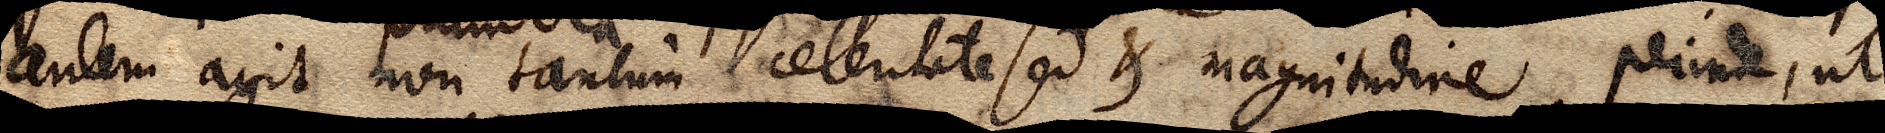
autem agit non tantum celeritate sed et magnitudine. perinde, ut